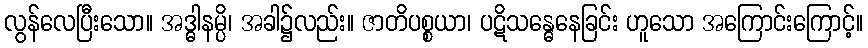
လွန်လေပြီးသော။ အဒ္ဓါနမ္ပိ၊ အခါ၌လည်း။ ဇာတိပစ္စယာ၊ ပဋိသန္ဓေနေခြင်း ဟူသော အကြောင်းကြောင့်။